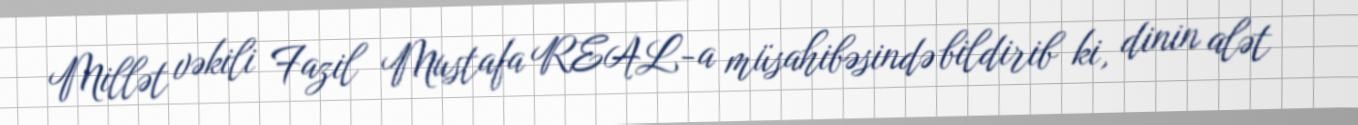
Millət vəkili Fazil Mustafa REAL-a müsahibəsində bildirib ki, dinin alət